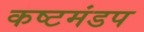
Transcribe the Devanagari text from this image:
कष्टमंडप